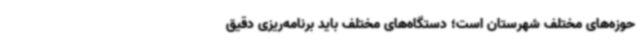
حوزه‌های مختلف شهرستان است؛ دستگاه‌های مختلف باید برنامه‌ریزی دقیق